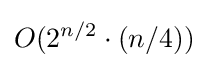
O(2^{n/2}\cdot (n/4))